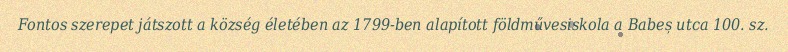
Fontos szerepet játszott a község életében az 1799-ben alapított földművesiskola a Babeș utca 100. sz.